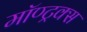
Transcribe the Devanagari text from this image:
मॉण्ट्रक्स